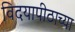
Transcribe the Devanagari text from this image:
विदयापीठाच्या